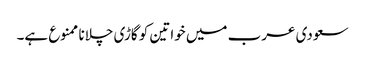
سعودی عرب میں خواتین کو گاڑی چلانا ممنوع ہے۔